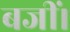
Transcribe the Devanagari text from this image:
बजीं।